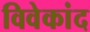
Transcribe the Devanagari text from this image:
विवेकांद